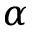
\alpha